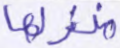
منزلها